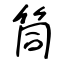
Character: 筒